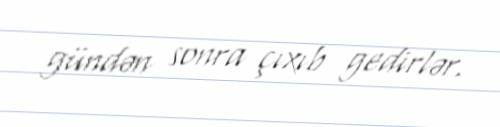
gündən sonra çıxıb gedirlər.